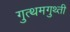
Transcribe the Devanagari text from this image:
गुत्थमगुथ्ती